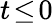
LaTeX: t\! \le\! 0